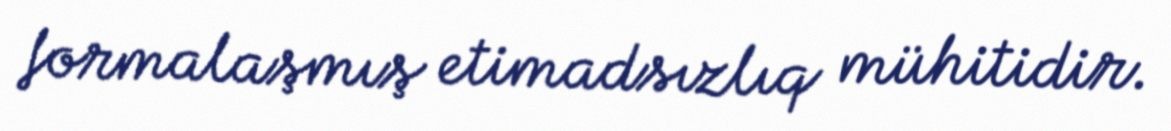
formalaşmış etimadsızlıq mühitidir.